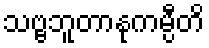
သဗ္ဗဘူတာနုကမ္ပီတိ